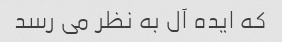
که ایده آل به نظر می رسد